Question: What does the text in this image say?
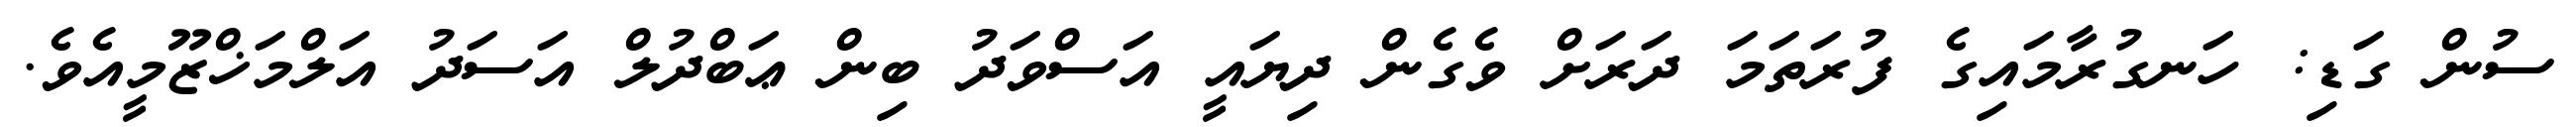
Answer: ސުން ގަޑި: ހަނގުރާމައިގެ ފުރަތަމަ ދަރަށް ވެގެން ދިޔައީ އަސްވަދު ބިން ޢަބްދުލް އަސަދު އަލްމަޚްޒޫމީއެވެ.